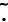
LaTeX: \widetilde{.}